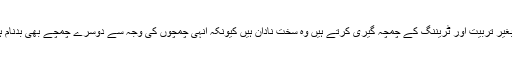
جو لوگ بغیر تربیت اور ٹریننگ کے چمچہ گیری کرتے ہیں وہ سخت نادان ہیں کیونکہ انہی چمچوں کی وجہ سے دوسرے چمچے بھی بدنام ہوتے ہیں۔